Annual administration report of the Civil Veterinary Department of India - 1897-1898
Year: 1897
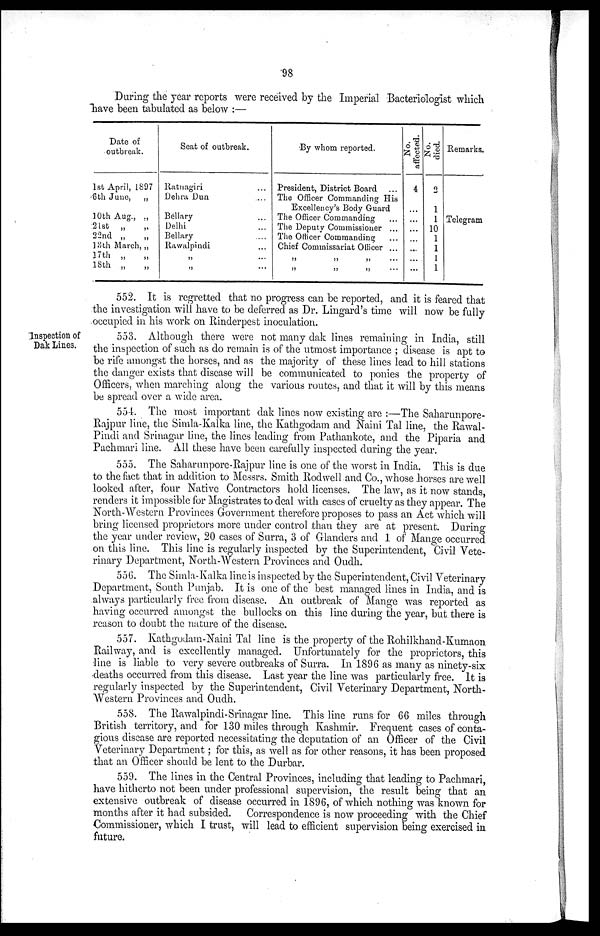
98
During the year reports were received by the Imperial Bacteriologist which
have been tabulated as below :—
Date of
outbreak.
1st April, 1897
6th June, „
10th Aug., „
21st „
„
22nd „ „
13th March, „
17th „
„
18th „ „
Seat of outbreak.
Ratnagiri ...
Dehra Dun ...
Bellary ...
Delhi ...
Bellary ...
Rawalpindi ...
„ ...
„ ...
By whom reported.
President, District Board ...
The Officer Commanding His
Excellency's Body Guard
The Officer Commanding ...
The Deputy Commissioner ...
The Officer Commanding ...
Chief Commissariat Officer ...
„ „ „ ...
„ „ „ ...
No.
affected.
4
...
...
...
...
...
...
...
No.
died.
2
1
1
10
1
1
1
1
Remarks.
Telegram
552. It is regretted that no progress can be reported, and it is feared that
the investigation will have to be deferred as Dr. Lingard's time will now be fully
occupied in his work on Rinderpest inoculation.
Inspection of
Dak Lines.
553. Although there were not many dak lines remaining in India, still
the inspection of such as do remain is of the utmost importance; disease is apt to
be rife amongst the horses, and as the majority of these lines lead to hill stations
the danger exists that disease will be communicated to ponies the property of
Officers, when marching along the various routes, and that it will by this means
be spread over a wide area.
554. The most important dak lines now existing are:—The Saharunpore-
Rajpur line, the Simla-Kalka line, the Kathgodam and Naini Tal line, the Rawal-
-indi and Srinagar line, the lines leading from Pathankote, and the Piparia and
Pachmari line. All these have been carefully inspected during the year.
555. The Saharunpore-Rajpur line is one of the worst in India. This is due
to the fact that in addition to Messrs. Smith Rodwell and Co., whose horses are well
looked after, four Native Contractors hold licenses. The law, as it now stands,
renders it impossible for Magistrates to deal with cases of cruelty as they appear. The
North-Western Provinces Government therefore proposes to pass an Act which will
bring licensed proprietors more under control than they are at present. During
the year under review, 20 cases of Surra, 3 of Glanders and 1 of Mange occurred
on this line. This line is regularly inspected by the Superintendent, Civil Vete-
rinary Department, North-Western Provinces and Oudh.
556. The Simla-Kalka line is inspected by the Superintendent, Civil Veterinary
Department, South Punjab. It is one of the best managed lines in India, and is
always particularly free from disease. An outbreak of Mange was reported as
having occurred amongst the bullocks on this line during the year, but there is
reason to doubt the nature of the disease.
557. Kathgodam-Naini Tal line is the property of the Rohilkhand-Kumaon
Railway, and is excellently managed. Unfortunately for the proprietors, this
line is liable to very severe outbreaks of Surra. In 1896 as many as ninety-six
deaths occurred from this disease. Last year the line was particularly free. It is
regularly inspected by the Superintendent, Civil Veterinary Department, North-
Western Provinces and Oudh.
558. The Rawalpindi-Srinagar line. This line runs for 66 miles through
British territory, and for 130 miles through Kashmir. Frequent cases of conta-
gious disease are reported necessitating the deputation of an Officer of the Civil
Veterinary Department; for this, as well as for other reasons, it has been proposed
that an Officer should be lent to the Durbar.
559. The lines in the Central Provinces, including that leading to Pachmari,
have hitherto not been under professional supervision, the result being that an
extensive outbreak of disease occurred in 1896, of which nothing was known for
months after it had subsided. Correspondence is now proceeding with the Chief
Commissioner, which I trust, will lead to efficient supervision being exercised in
future.